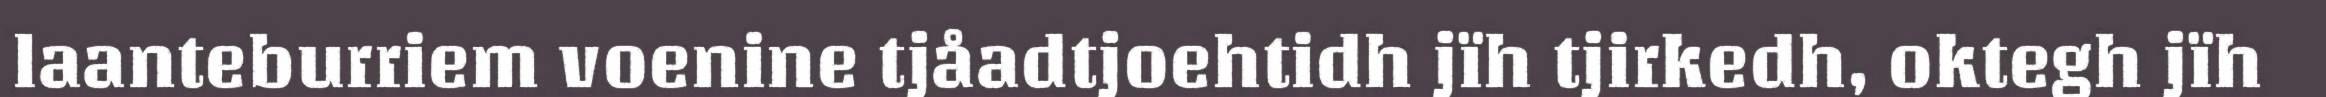
laanteburriem voenine tjåadtjoehtidh jïh tjirkedh, oktegh jïh